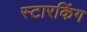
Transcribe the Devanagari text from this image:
स्‍टारकिंग